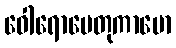
ဝေါရောပေတုကာမော